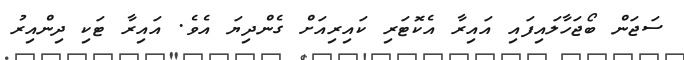
ސަޖަން ބޯޖަހާލައިފައި އައިރާ އެކޮޓަރި ކައިރިއަށް ގެންދިޔަ އެވެ. އައިރާ ޓަކި ދިންއިރު